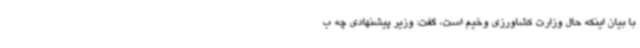
با بیان اینکه حال وزارت کشاورزی وخیم است، گفت: وزیر پیشنهادی چه ب